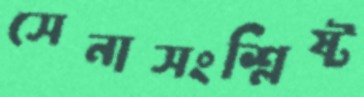
সেনাসংশ্লিষ্ট